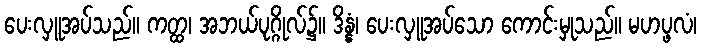
ပေးလှူအပ်သည်။ ကတ္ထ၊ အဘယ်ပုဂ္ဂိုလ်၌။ ဒိန္နံ၊ ပေးလှူအပ်သော ကောင်းမှုသည်။ မဟပ္ဖလံ၊